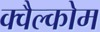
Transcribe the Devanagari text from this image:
क्वैल्कोम